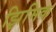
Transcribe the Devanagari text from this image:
झिमिक